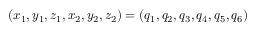
( x _ { 1 } , y _ { 1 } , z _ { 1 } , x _ { 2 } , y _ { 2 } , z _ { 2 } ) = ( q _ { 1 } , q _ { 2 } , q _ { 3 } , q _ { 4 } , q _ { 5 } , q _ { 6 } )